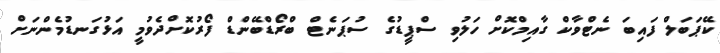
ކޭޕަބަލް ފައިބަ ނެޓްވާކް ގާއިމްކޮށް ހަލުވި ސްޕީޑުގެ ސުޕަނެޓް ބްރޯޑްބޭންޑް ފޯރުކޮށްދެވުމީ އަޅުގަނޑުމެންނަށް